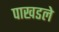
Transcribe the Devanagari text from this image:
पाखडले